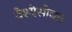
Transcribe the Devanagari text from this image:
वेश्येसोबत